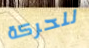
للحركة